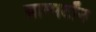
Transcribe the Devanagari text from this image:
ब्राम्पटॉन